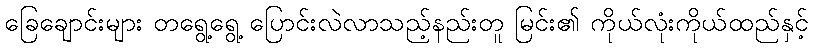
ခြေချောင်းများ တရွေ့ရွေ့ ပြောင်းလဲလာသည့်နည်းတူ မြင်း၏ ကိုယ်လုံးကိုယ်ထည်နှင့်